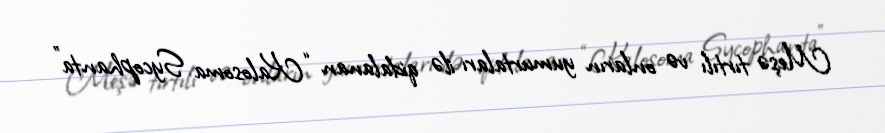
Meşə tırtılı və onların yumurtaları ilə qidalanan “Kalosoma Sycophanta”